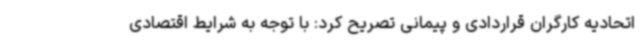
اتحادیه کارگران قراردادی و پیمانی تصریح کرد: با توجه به شرایط اقتصادی